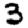
Digit: 3